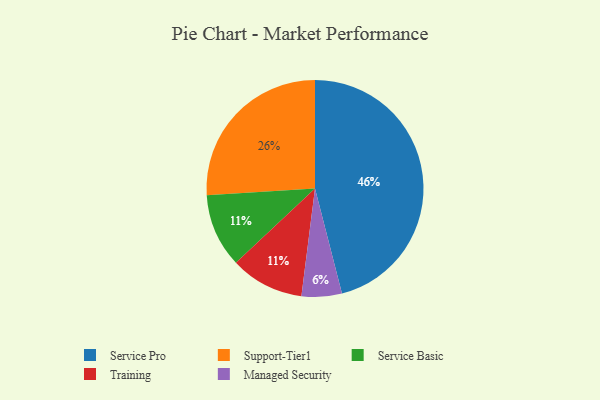
{"axis": {"x": "Category", "y": "Percentage"}, "legend": ["Managed Security", "Service Basic", "Service Pro", "Support-Tier1", "Training"], "data": [{"x": "Service Pro", "y": 46, "type": "Service Pro"}, {"x": "Service Basic", "y": 11, "type": "Service Basic"}, {"x": "Support-Tier1", "y": 26, "type": "Support-Tier1"}, {"x": "Managed Security", "y": 6, "type": "Managed Security"}, {"x": "Training", "y": 11, "type": "Training"}]}